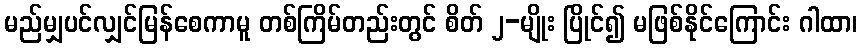
မည်မျှပင်လျှင်မြန်စေကာမူ တစ်ကြိမ်တည်းတွင် စိတ် ၂-မျိုး ပြိုင်၍ မဖြစ်နိုင်ကြောင်း ဂါထာ၊